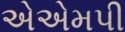
એએમપી